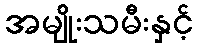
အမျိုးသမီးနှင့်